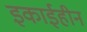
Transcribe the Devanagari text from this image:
इकाईहीन